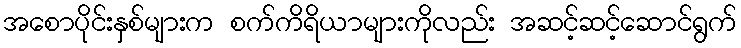
အစောပိုင်းနှစ်များက စက်ကိရိယာများကိုလည်း အဆင့်ဆင့်ဆောင်ရွက်